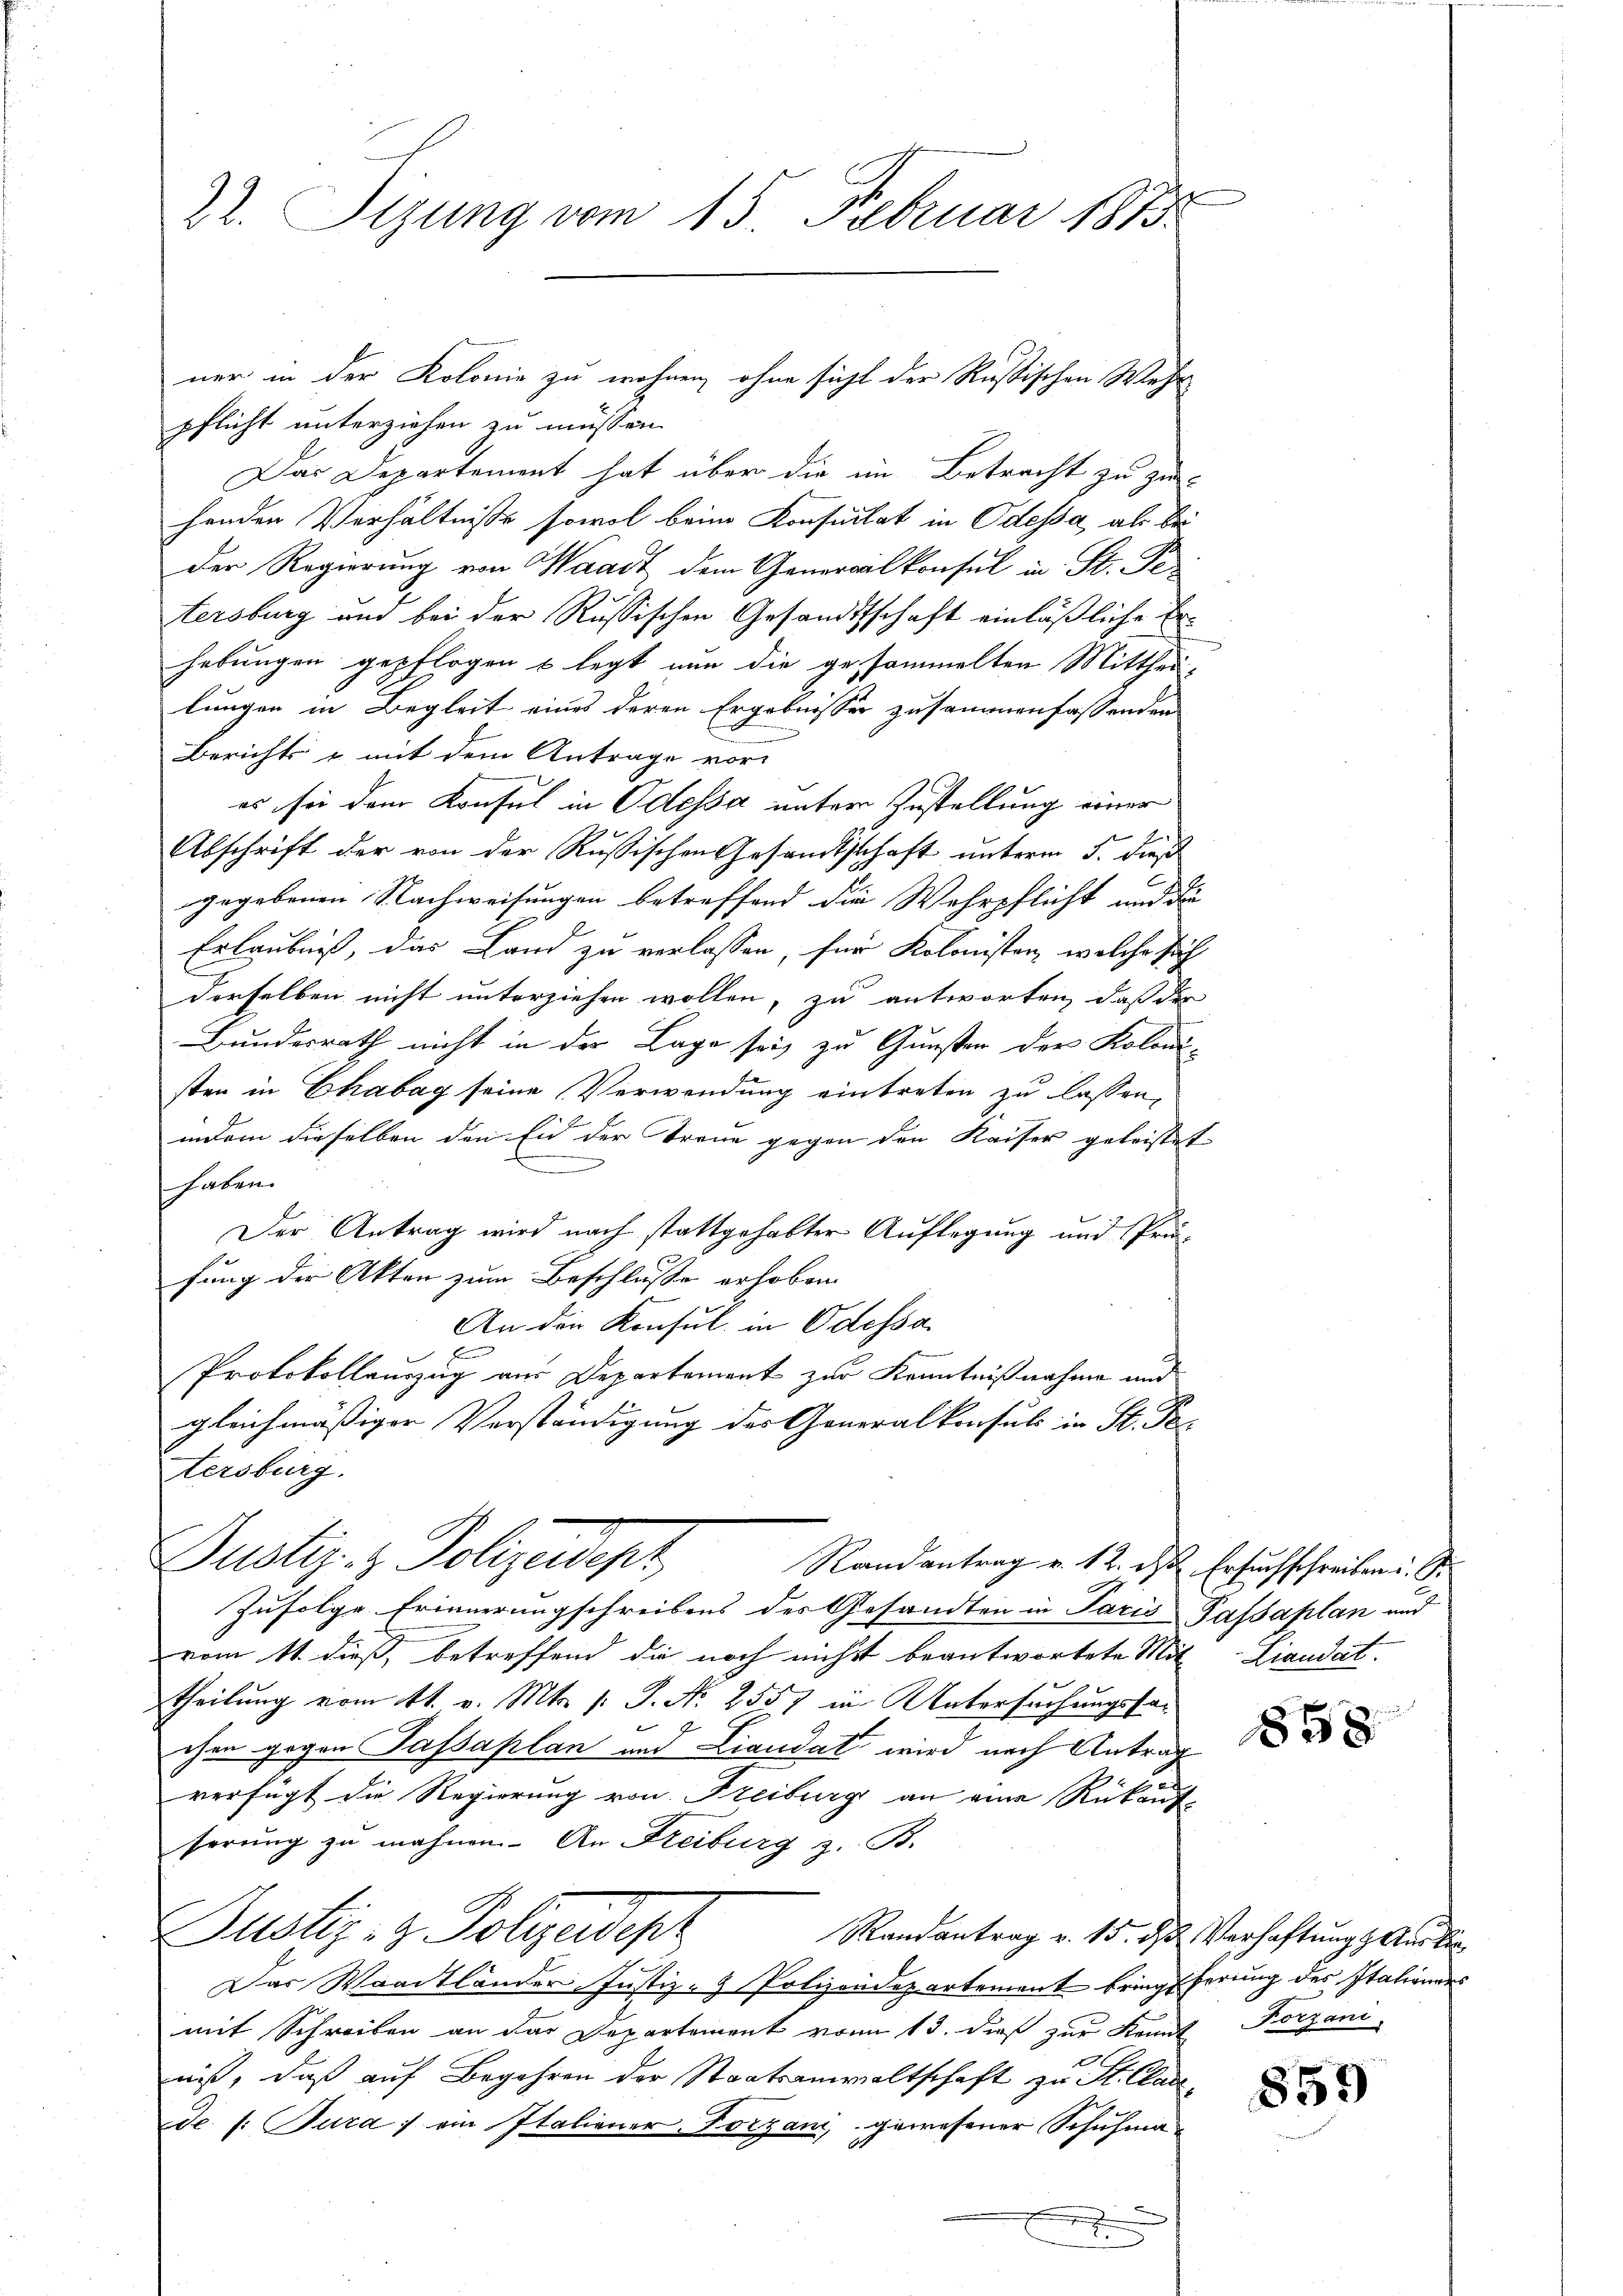
22. Sizung vom 15. Februar 1873.

ner in der Kolonie zu wohnen, ohne sicht der Rußischen Wehr
pflicht unterziehen zu müssen.
Das Departement hat über die im Betracht zu zu-
henden Verhältnisse sowol beim Konsultat in Odessa, als bei
der Regierung von Waadt dem Generalkonsul in St. Pe
tersburg und bei der Russischen Gesandtschaft einläßliche Erhebungen gepflogen & legt nun die gesammelten Mittheillungen in Begleit eines deren Ergebnisser zusammenfassenden
n
Berichts & mit dem Antrage vor-
es sei dem Konsul in Odessa unter Zustellung einer
Abschrift der von der Russischen Gesandtschaft unterm 5. dieß
gegebenen Nachweisungen betreffend die Wehrpflicht und die
Erlaubniß, das Land zu verlassen, für Kolonisten, welche sich
derselben nicht unterziehen wollen, zu antworten, daß der
Bundesrath nicht in der Lage sei, zu Gunsten der Koloni-
sten in Chabag seine Verwendung eintreten zu lassen,
indem dieselben den Eid der Treue gegen den Kaiser geleistet
haben.
Der Antrag wird nach stattgehabter Auflegung und Prüfung der Akten zum Beschlusse erhoben.
An den Konsul in Odessa
Protokollauszug aus Departement zur Kenntnißnahme und
gleichmäßiger Verständigung des Generalkonsuls in St. Pas
tersburg.
Justiz- & Polizeidigt
Randantrag v. 12. ds Ersuchschreiben u. S.
Zufolge Erinnerungschreibens des Gesandten in Paris Passaplan und
vom 11. dieß, betreffend die noch nicht beantwortete Mit-Liandat.
theilung vom 11. v. Mts. s. S. N. 2557 in Untersuchungsfag
chen gegen Tafsaplan auf Liaudat wird nach Antrag
2
verfügt die Regierung von Freiburg an eine Rükauf-
serung zu mahnen. An Freiburg z. B.
Justiz- & Polizeidep
Randantrag v. 15. ds Verhaftung der bi
Das Waadtländer Justiz- & Polizeidepartement bringeferung des Italiendes
mit Schreiben an der Departement von 13. dieß zur Kennt Porzani-
niß, daß auf Begehren der Staatsanwaltschaft zu St. Cladede 1. Jura) ein Italiener-Torzani, gewesener Schuhman

858

859